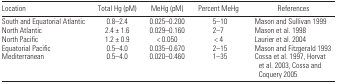
<table><thead><tr><td><b>Location</b></td><td><b>Total Hg (pM)</b></td><td><b>MeHg (pM)</b></td><td><b>Percent MeHg</b></td><td><b>References</b></td></tr></thead><tbody><tr><td>South and Equatorial Atlantic</td><td>0.8–2.4</td><td>0.025–0.200</td><td>5–10</td><td>Mason and Sullivan 1999</td></tr><tr><td>North Atlantic</td><td>2.4 ± 1.6</td><td>0.029–0.160</td><td>2–7</td><td>Mason et al. 1998</td></tr><tr><td>North Pacific</td><td>1.2 ± 0.9</td><td>&lt; 0.050</td><td>&lt; 4</td><td>Laurier et al. 2004</td></tr><tr><td>Equatorial Pacific</td><td>0.5–4.0</td><td>0.035–0.670</td><td>2–15</td><td>Mason and Fitzgerald 1993</td></tr><tr><td>Mediterranean</td><td>0.5–4.0</td><td>0.020–0.460</td><td>1–35</td><td>Cossa et al. 1997, Horvat et al. 2003, Cossa and Coquery 2005</td></tr></tbody></table>